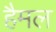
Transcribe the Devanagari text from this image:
हैमल